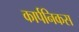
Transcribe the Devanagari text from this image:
कार्पनिकस